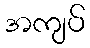
အကျပ်